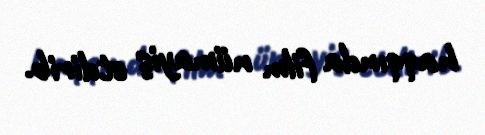
haqqında film nümayiş etdirib.